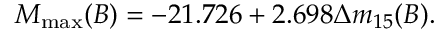
M _ { \mathrm { m a x } } ( B ) = - 2 1 . 7 2 6 + 2 . 6 9 8 \Delta m _ { 1 5 } ( B ) .